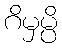
ဂိမှမ္ပိ